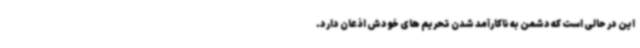
این در حالی است که دشمن به ناکارآمد شدن تحریم های خودش اذعان دارد.